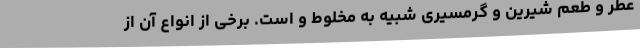
عطر و طعم شیرین و گرمسیری شبیه به مخلوط و است. برخی از انواع آن از